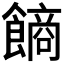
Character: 𩝾